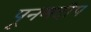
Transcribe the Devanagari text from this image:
पूनमदीप